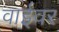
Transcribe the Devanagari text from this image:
वाईवर